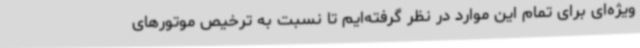
ویژه‌ای برای تمام این موارد در نظر گرفته‌ایم تا نسبت به ترخیص موتورهای